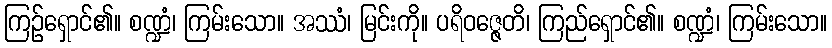
ကြဉ်ရှောင်၏။ စဏ္ဍံ၊ ကြမ်းသော။ အဿံ၊ မြင်းကို။ ပရိဝဇ္ဇေတိ၊ ကြည်ရှောင်၏။ စဏ္ဍံ၊ ကြမ်းသော။